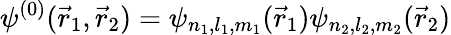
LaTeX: \psi^{(0)}({\vec{r}}_{1},{\vec{r}}_{2})=\psi_{n_{1},l_{1},m_{1}}({\vec{r}}_{1})\psi_{n_{2},l_{2},m_{2}}({\vec{r}}_{2})